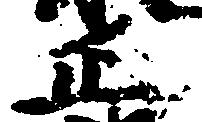
正